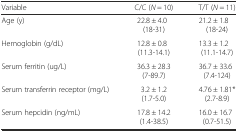
| Variable | C/C (N = 10) | T/T (N = 11) |
 | --- | --- | --- |
 | Age (y) | 22.8 ± 4.0(18-31) | 21.2 ± 1.8 (18-24) |
 | Hemoglobin (g/dL) | 12.8 ± 0.8 (11.3-14.1) | 13.3 ± 1.2 (11.1-14.7) |
 | Serum ferritin (ug/L) | 36.3 ± 28.3 (7-89.7) | 36.7 ± 33.6 (7.4-124) |
 | Serum transferrin receptor (mg/L) | 3.2 ± 1.2 (1.7-5.0) | 4.76 ± 1.81* (2.7-8.9) |
 | Serum hepcidin (ng/mL) | 17.8 ± 14.2 (1.4-38.5) | 16.0 ± 16.7 (0.7-51.5) |